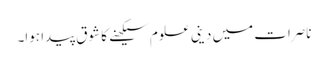
ناصرات میں دینی علوم سیکھنے کا شوق پیدا ہوا۔